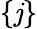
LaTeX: \{ \mathit{j}\}